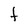
Character: t